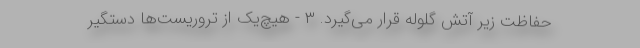
حفاظت زیر آتش گلوله قرار می‌گیرد. ۳ - هیچ‌یک از تروریست‌ها دستگیر